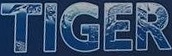
TIGER